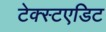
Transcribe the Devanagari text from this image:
टेक्स्टएडिट